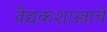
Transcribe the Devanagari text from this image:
वैद्यकशास्त्राचे